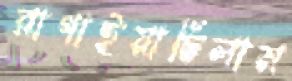
রাগাইয়াছিলাম